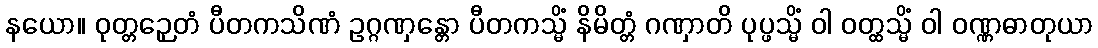
နယော။ ဝုတ္တဉှေတံ ပီတကသိဏံ ဥဂ္ဂဏှန္တော ပီတကသ္မိံ နိမိတ္တံ ဂဏှာတိ ပုပ္ဖသ္မိံ ဝါ ဝတ္ထသ္မိံ ဝါ ဝဏ္ဏဓာတုယာ